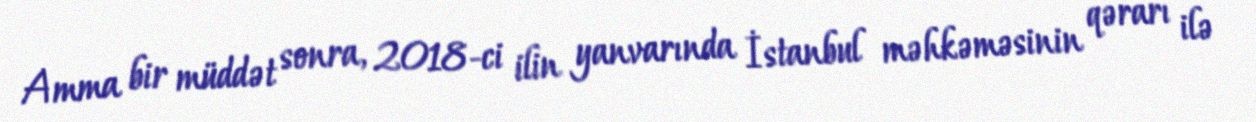
Amma bir müddət sonra, 2018-ci ilin yanvarında İstanbul məhkəməsinin qərarı ilə